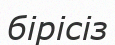
бірісіз